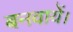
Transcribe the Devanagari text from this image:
बनवायें।